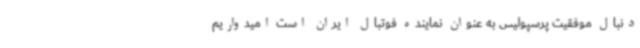
دنبال موفقیت پرسپولیس به عنوان نماینده فوتبال ایران است امیدواریم